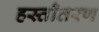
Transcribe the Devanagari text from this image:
हस्ताँतरण